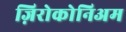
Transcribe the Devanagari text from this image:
ज़िरोकोनिअम